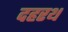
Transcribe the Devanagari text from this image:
दहरथ